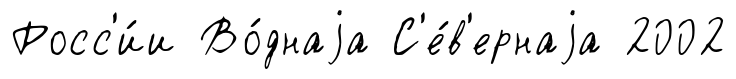
Росс'и́и Во́днаjа С'е́в'ернаjа 2002